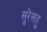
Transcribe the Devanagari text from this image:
सुरेसहु